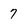
Character: 7